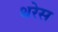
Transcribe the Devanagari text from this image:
थरेस